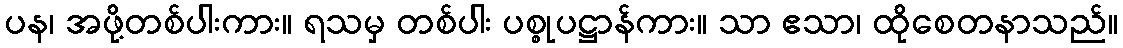
ပန၊ အဖို့တစ်ပါးကား။ ရသမှ တစ်ပါး ပစ္စုပဋ္ဌာန်ကား။ သာ ဧသာ၊ ထိုစေတနာသည်။